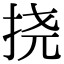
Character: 挠